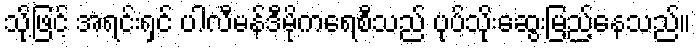
သို့ဖြင့် အရင်းရှင် ပါလီမန်ဒီမိုကရေစီသည် ပုပ်သိုးဆွေးမြည့်နေသည်။